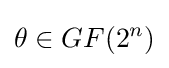
\theta \in GF(2^{n})